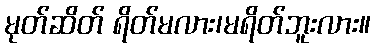
မုတ်ဆိတ် ရိတ်မလား၊မရိတ်ဘူးလား။